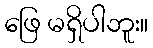
ဖြေ မရှိပါဘူး။